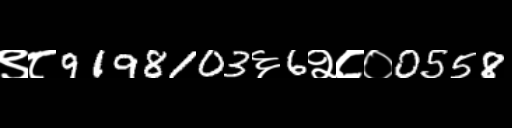
Text: ९८9198103६6२८०0558